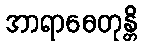
အာရာဓေတုန္တိ